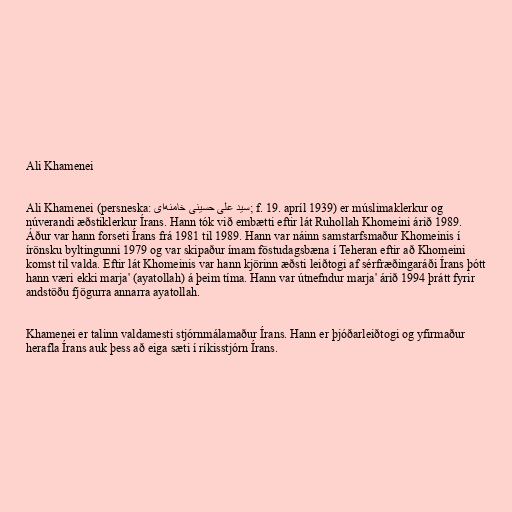
Ali Khamenei

Ali Khamenei (persneska: سید علی حسینی خامنه‌ای‎‎; f. 19. apríl 1939) er múslimaklerkur og
núverandi æðstiklerkur Írans. Hann tók við embætti eftir lát Ruhollah Khomeini árið 1989.
Áður var hann forseti Írans frá 1981 til 1989. Hann var náinn samstarfsmaður Khomeinis í
írönsku byltingunni 1979 og var skipaður ímam föstudagsbæna í Teheran eftir að Khomeini
komst til valda. Eftir lát Khomeinis var hann kjörinn æðsti leiðtogi af sérfræðingaráði Írans þótt
hann væri ekki marja' (ayatollah) á þeim tíma. Hann var útnefndur marja' árið 1994 þrátt fyrir
andstöðu fjögurra annarra ayatollah.

Khamenei er talinn valdamesti stjórnmálamaður Írans. Hann er þjóðarleiðtogi og yfirmaður
herafla Írans auk þess að eiga sæti í ríkisstjórn Írans.